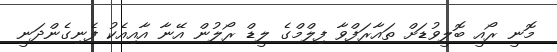
މޮނީ ރޯއީ ބޮލީވުޑަށް ތައާރަފްވާ ފިލްމްގެ ލީޑް ރޯލުން އޭނާ އާއިއެކު ފެނިގެންދަނީ